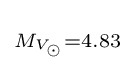
\scriptstyle M_{V_{\odot }}=4.83